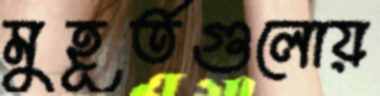
মুহূর্তগুলোয়